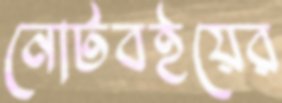
নোটবইয়ের